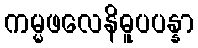
ကမ္မဖလေနိဓူပပန္နာ